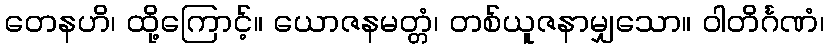
တေနဟိ၊ ထို့ကြောင့်။ ယောဇနမတ္တံ၊ တစ်ယူဇနာမျှသော။ ဝါတိင်္ဂဏံ၊